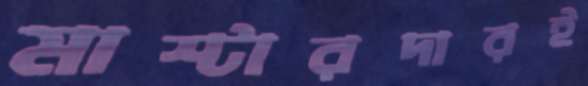
মাস্টারদারই